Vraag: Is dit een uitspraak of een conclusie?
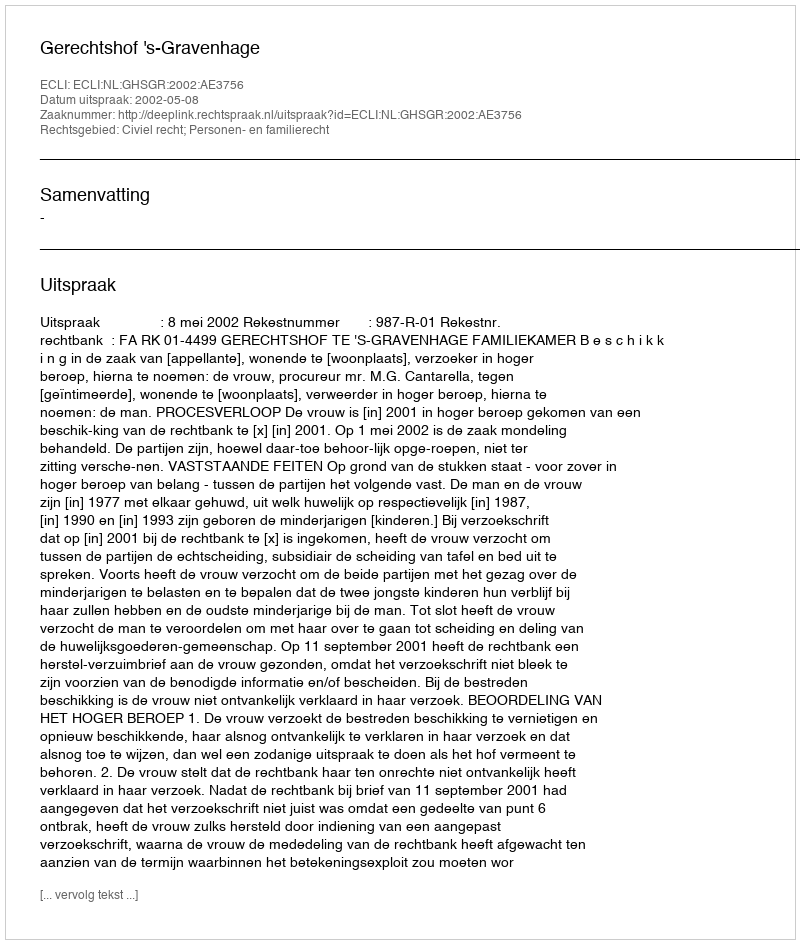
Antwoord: Uitspraak